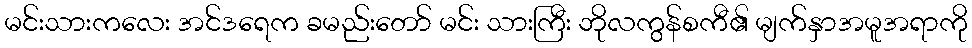
မင်းသားကလေး အင်ဒရေက ခမည်းတော် မင်း သားကြီး ဘိုလကွန်စကီ၏ မျက်နှာအမူအရာကို